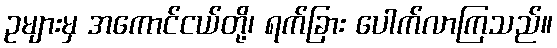
ဥများမှ အကောင်ငယ်တို့၊ ရက်ခြား ပေါက်လာကြသည်။